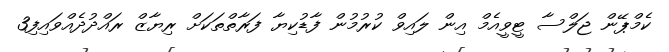
ކެމްޕޭން ޖަލްސާ ޓީވީއެމް އިން ލައިވް ކުރުމުން ފާޑުކިޔާ ފަރާތްތަކަށް ރިޔާޒް ރައްދުދެއްވައިފި3